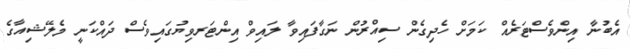
އެބުނާ އިންވެސްޓަރެއް ކަމަށް ހެދިގެން ސިއްރުން ނަގާފައިވާ ލައިވް އިންޓަރވިޔުގައިވެސް ދައްކަނީ މެލޭޝިއާގެ